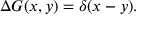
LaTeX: \Delta G ( x , y ) = \delta ( x - y ) .